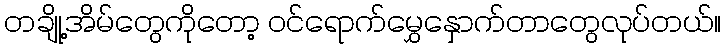
တချို့အိမ်တွေကိုတော့ ဝင်ရောက်မွှေနှောက်တာတွေလုပ်တယ်။